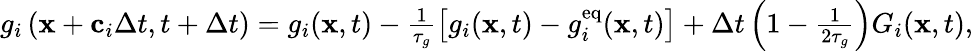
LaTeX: \begin{array}{r}{g_{i}\left(\mathbf{x}+\mathbf{c}_{i}\Delta t,t+\Delta t\right)=g_{i}(\mathbf{x},t)-\frac{1}{\tau_{g}}\left[g_{i}(\mathbf{x},t)-g_{i}^{\mathrm{eq}}(\mathbf{x},t)\right]+\Delta t\left(1-\frac{1}{2\tau_{g}}\right)G_{i}(\mathbf{x},t),}\end{array}